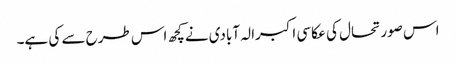
اس صورتحال کی عکاسی اکبرالہ آبادی نےکچھ اس طرح سے کی ہے۔